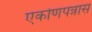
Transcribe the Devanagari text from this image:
एकोणपन्नास